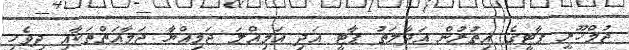
ޖުމްހޫރީ ޕާޓީގެ އިތުރުން އަދާލަތު ޕާޓީ އަދި އަމިއްލަ ޖަމިއްޔާ ޖަމާއަތްތަކާއި ދިވެހި